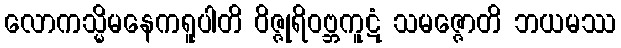
လောကသ္မိမနေကရူပါတိ ဝိဇ္ဇုရိဝဗ္ဘကူဋံ သမဇ္ဇောတိ ဘယမဿ